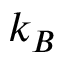
k _ { B }